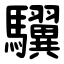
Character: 龮